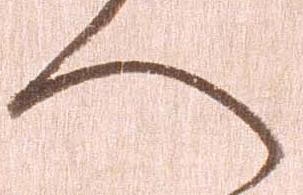
へ